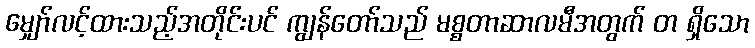
မျှော်လင့်ထားသည့်အတိုင်းပင် ကျွန်တော်သည် မစ္စတာဆာလမီအတွက် တ ရှိသော